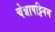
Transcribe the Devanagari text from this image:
चेन्नापट्टिनम